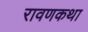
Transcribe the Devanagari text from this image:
रावणकथा